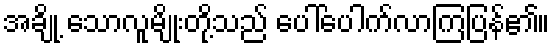
အချို့ သောလူမျိုးတို့သည် ပေါ်ပေါက်လာကြပြန်၏။